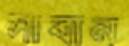
সাবান